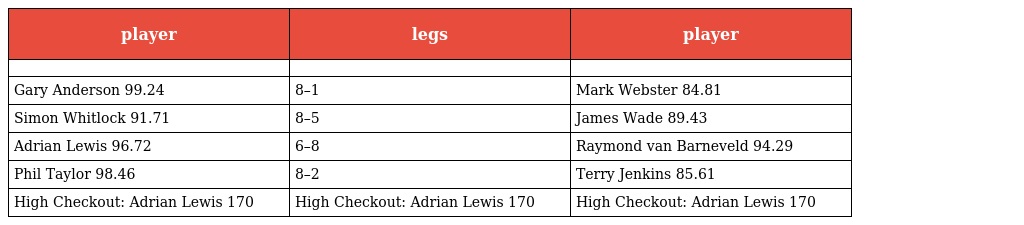
| player | legs | player |
 | --- | --- | --- |
 |  |  |  |
 | Gary Anderson 99.24 | 8–1 | Mark Webster 84.81 |
 | Simon Whitlock 91.71 | 8–5 | James Wade 89.43 |
 | Adrian Lewis 96.72 | 6–8 | Raymond van Barneveld 94.29 |
 | Phil Taylor 98.46 | 8–2 | Terry Jenkins 85.61 |
 | High Checkout: Adrian Lewis 170 | High Checkout: Adrian Lewis 170 | High Checkout: Adrian Lewis 170 |